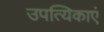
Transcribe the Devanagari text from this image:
उपत्यिकाएं